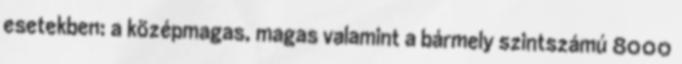
esetekben: a középmagas, magas valamint a bármely szintszámú 8000